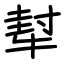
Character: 犎